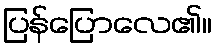
ပြန်ပြောလေ၏။